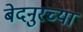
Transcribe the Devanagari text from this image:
बेदनुरच्या